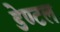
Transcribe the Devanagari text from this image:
डेण्टल